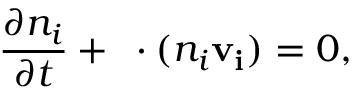
\frac { \partial n _ { i } } { \partial t } + \triangledown \cdot ( n _ { i } \mathbf { v _ { i } } ) = 0 ,